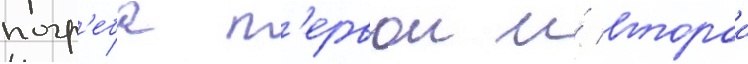
погр'еба п'ервои и́ второи